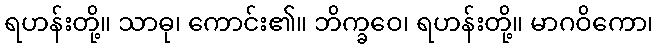
ရဟန်းတို့။ သာဓု၊ ကောင်း၏။ ဘိက္ခဝေ၊ ရဟန်းတို့။ မာဂဝိကော၊